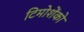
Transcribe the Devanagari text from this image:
टिमोशेंको